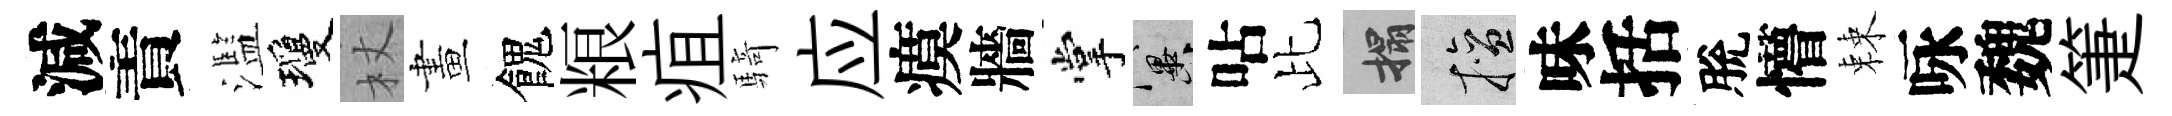
減責濫瓊杖畫餽粮疽騎应瘼牆掌冀呫比搨擅味括脫懵棘咏魏箑